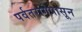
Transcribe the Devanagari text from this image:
पर्वतरांगेपासून